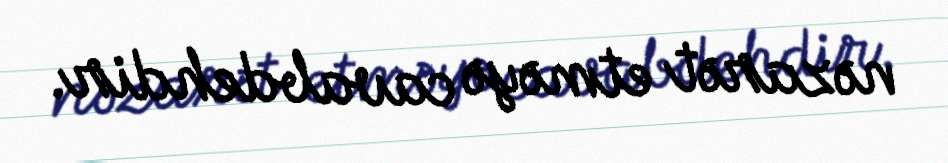
nəzarət etməyə cavabdehdir.